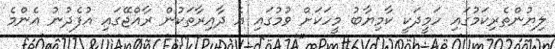
ލިޔުންތެރިކަމުގައި ހަމީދަކީ ކާމިޔާބު މީހަކަށް ވުމުގައި އެ ދާއިރާތަކުން ރާއްޖޭގައި އުފެދުނު އެންމެ